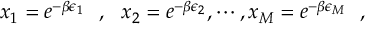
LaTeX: x _ { 1 } = e ^ { - \beta \epsilon _ { 1 } } ~ ~ , ~ ~ x _ { 2 } = e ^ { - \beta \epsilon _ { 2 } } , \cdots , x _ { M } = e ^ { - \beta \epsilon _ { M } } \, \, \, \, ,